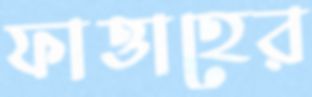
ফাত্তাহের